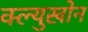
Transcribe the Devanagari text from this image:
क्ल्युखोन